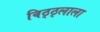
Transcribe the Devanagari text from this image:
विठ्ठ्लाला